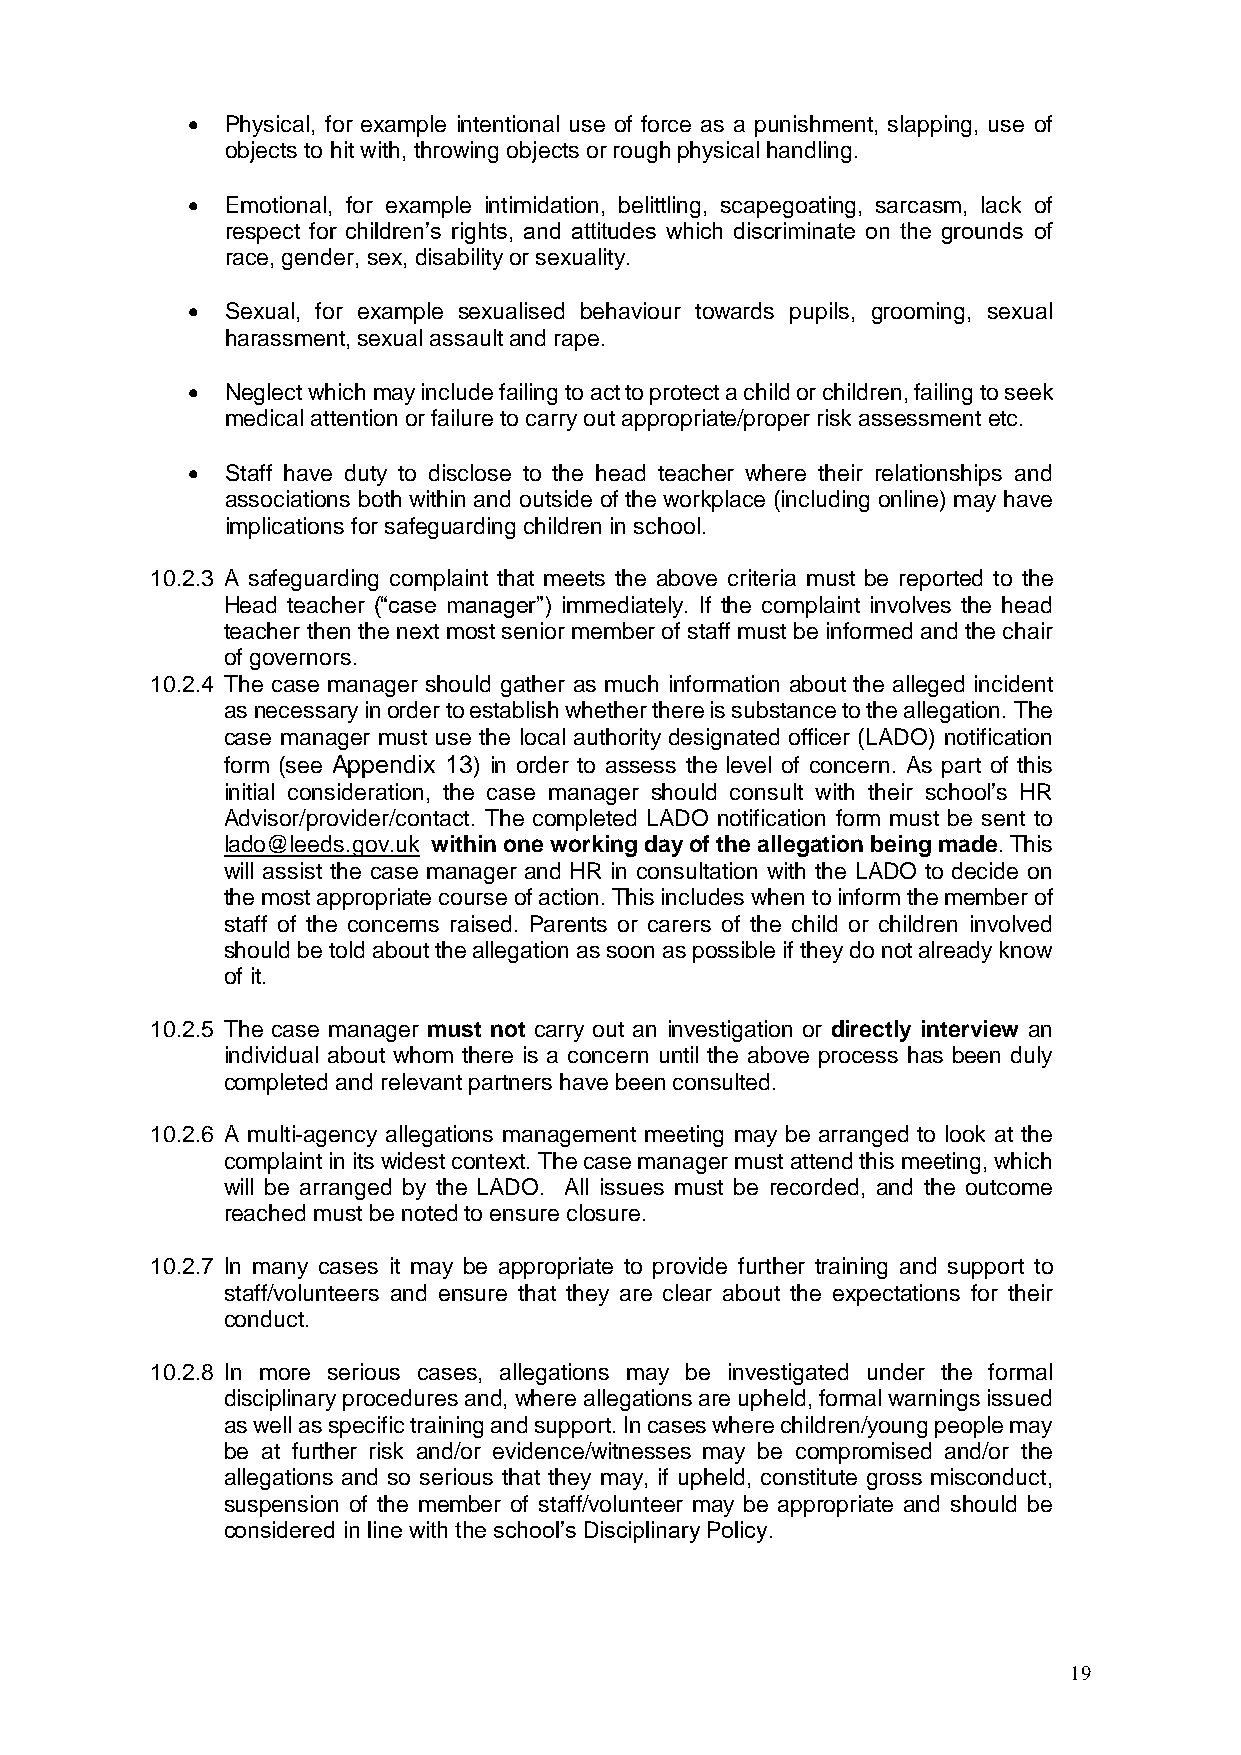
  Physical, for example intentional use of force as a punishment, slapping, use of
 objects to hit with, throwing objects or rough physical handling.
   Emotional, for example intimidation, belittling, scapegoating, sarcasm, lack of
 respect for children’s rights, and attitudes which discriminate on the grounds of
 race, gender, sex, disability or sexuality.
   Sexual, for example sexualised behaviour towards pupils, grooming, sexual
 harassment, sexual assault and rape.
   Neglect which may include failing to act to protect a child or children, failing to seek
 medical attention or failure to carry out appropriate/proper risk assessment etc.
   Staff have duty to disclose to the head teacher where their relationships and
 associations both within and outside of the workplace (including online) may have
 implications for safeguarding children in school.
 10.2.3 A safeguarding complaint that meets the above criteria must be reported to the
 Head teacher (“case manager”) immediately. If the complaint involves the head
 teacher then the next most senior member of staff must be informed and the chair
 of governors.
 10.2.4 The case manager should gather as much information about the alleged incident
 as necessary in order to establish whether there is substance to the allegation. The
 case manager must use the local authority designated officer (LADO) notification
 form (see Appendix 13) in order to assess the level of concern. As part of this
 initial consideration, the case manager should consult with their school’s HR
 Advisor/provider/contact. The completed LADO notification form must be sent to
 lado@leeds.gov.uk within one working day of the allegation being made. This
 will assist the case manager and HR in consultation with the LADO to decide on
 the most appropriate course of action. This includes when to inform the member of
 staff of the concerns raised. Parents or carers of the child or children involved
 should be told about the allegation as soon as possible if they do not already know
 of it.
 10.2.5 The case manager must not carry out an investigation or directly interview an
 individual about whom there is a concern until the above process has been duly
 completed and relevant partners have been consulted.
 10.2.6 A multi-agency allegations management meeting may be arranged to look at the
 complaint in its widest context. The case manager must attend this meeting, which
 will be arranged by the LADO. All issues must be recorded, and the outcome
 reached must be noted to ensure closure.
 10.2.7 In many cases it may be appropriate to provide further training and support to
 staff/volunteers and ensure that they are clear about the expectations for their
 conduct.
 10.2.8 In more serious cases, allegations may be investigated under the formal
 disciplinary procedures and, where allegations are upheld, formal warnings issued
 as well as specific training and support. In cases where children/young people may
 be at further risk and/or evidence/witnesses may be compromised and/or the
 allegations and so serious that they may, if upheld, constitute gross misconduct,
 suspension of the member of staff/volunteer may be appropriate and should be
 considered in line with the school’s Disciplinary Policy.
 19